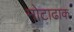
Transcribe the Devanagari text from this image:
मोटाढाक